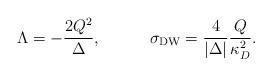
\begin{align*}\Lambda=-{{2Q^2}\over\Delta},\ \ \ \ \ \ \ \ \ \sigma_{\rm DW}={4\over{|\Delta|}}{Q\over{\kappa^2_D}}.\end{align*}